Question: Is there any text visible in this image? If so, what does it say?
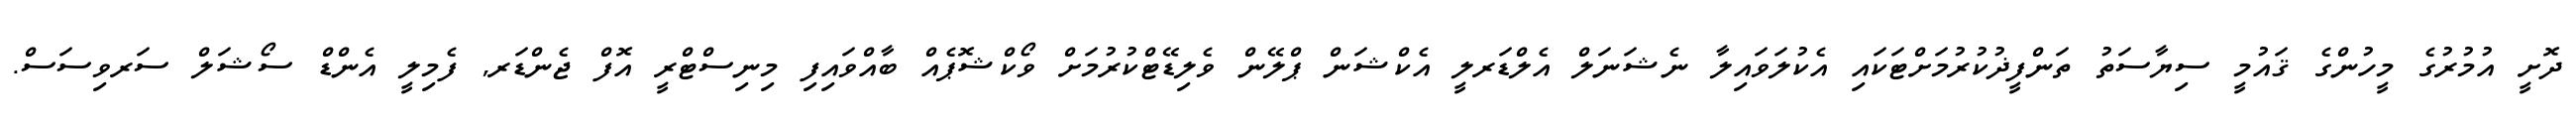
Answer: ދޮށީ އުމުރުގެ މީހުންގެ ޤައުމީ ސިޔާސަތު ތަންފީޛުކުރުމަށްޓަކައި އެކުލަވައިލާ ނެޝަނަލް އެލްޑަރލީ އެކްޝަން ޕްލޭން ވެލިޑޭޓްކުރުމަށް ވޯކްޝޮޕެއް ބާއްވައިފި މިނިސްޓްރީ އޮފް ޖެންޑަރ, ފެމިލީ އެންޑް ސޯޝަލް ސަރވިސަސް.